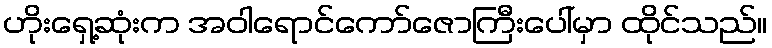
ဟိုးရှေ့ဆုံးက အဝါရောင်ကော်ဇောကြီးပေါ်မှာ ထိုင်သည်။